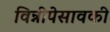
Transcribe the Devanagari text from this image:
विन्नीपेसावकी